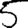
Digit: 5